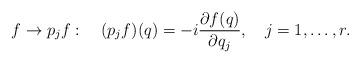
LaTeX: \begin{align*}f\to p_jf: \quad (p_jf)(q)=-i{\partial f(q)\over{\partial q_j}}, \quad j=1,\ldots,r.\end{align*}